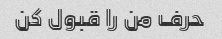
حرف من را قبول کن